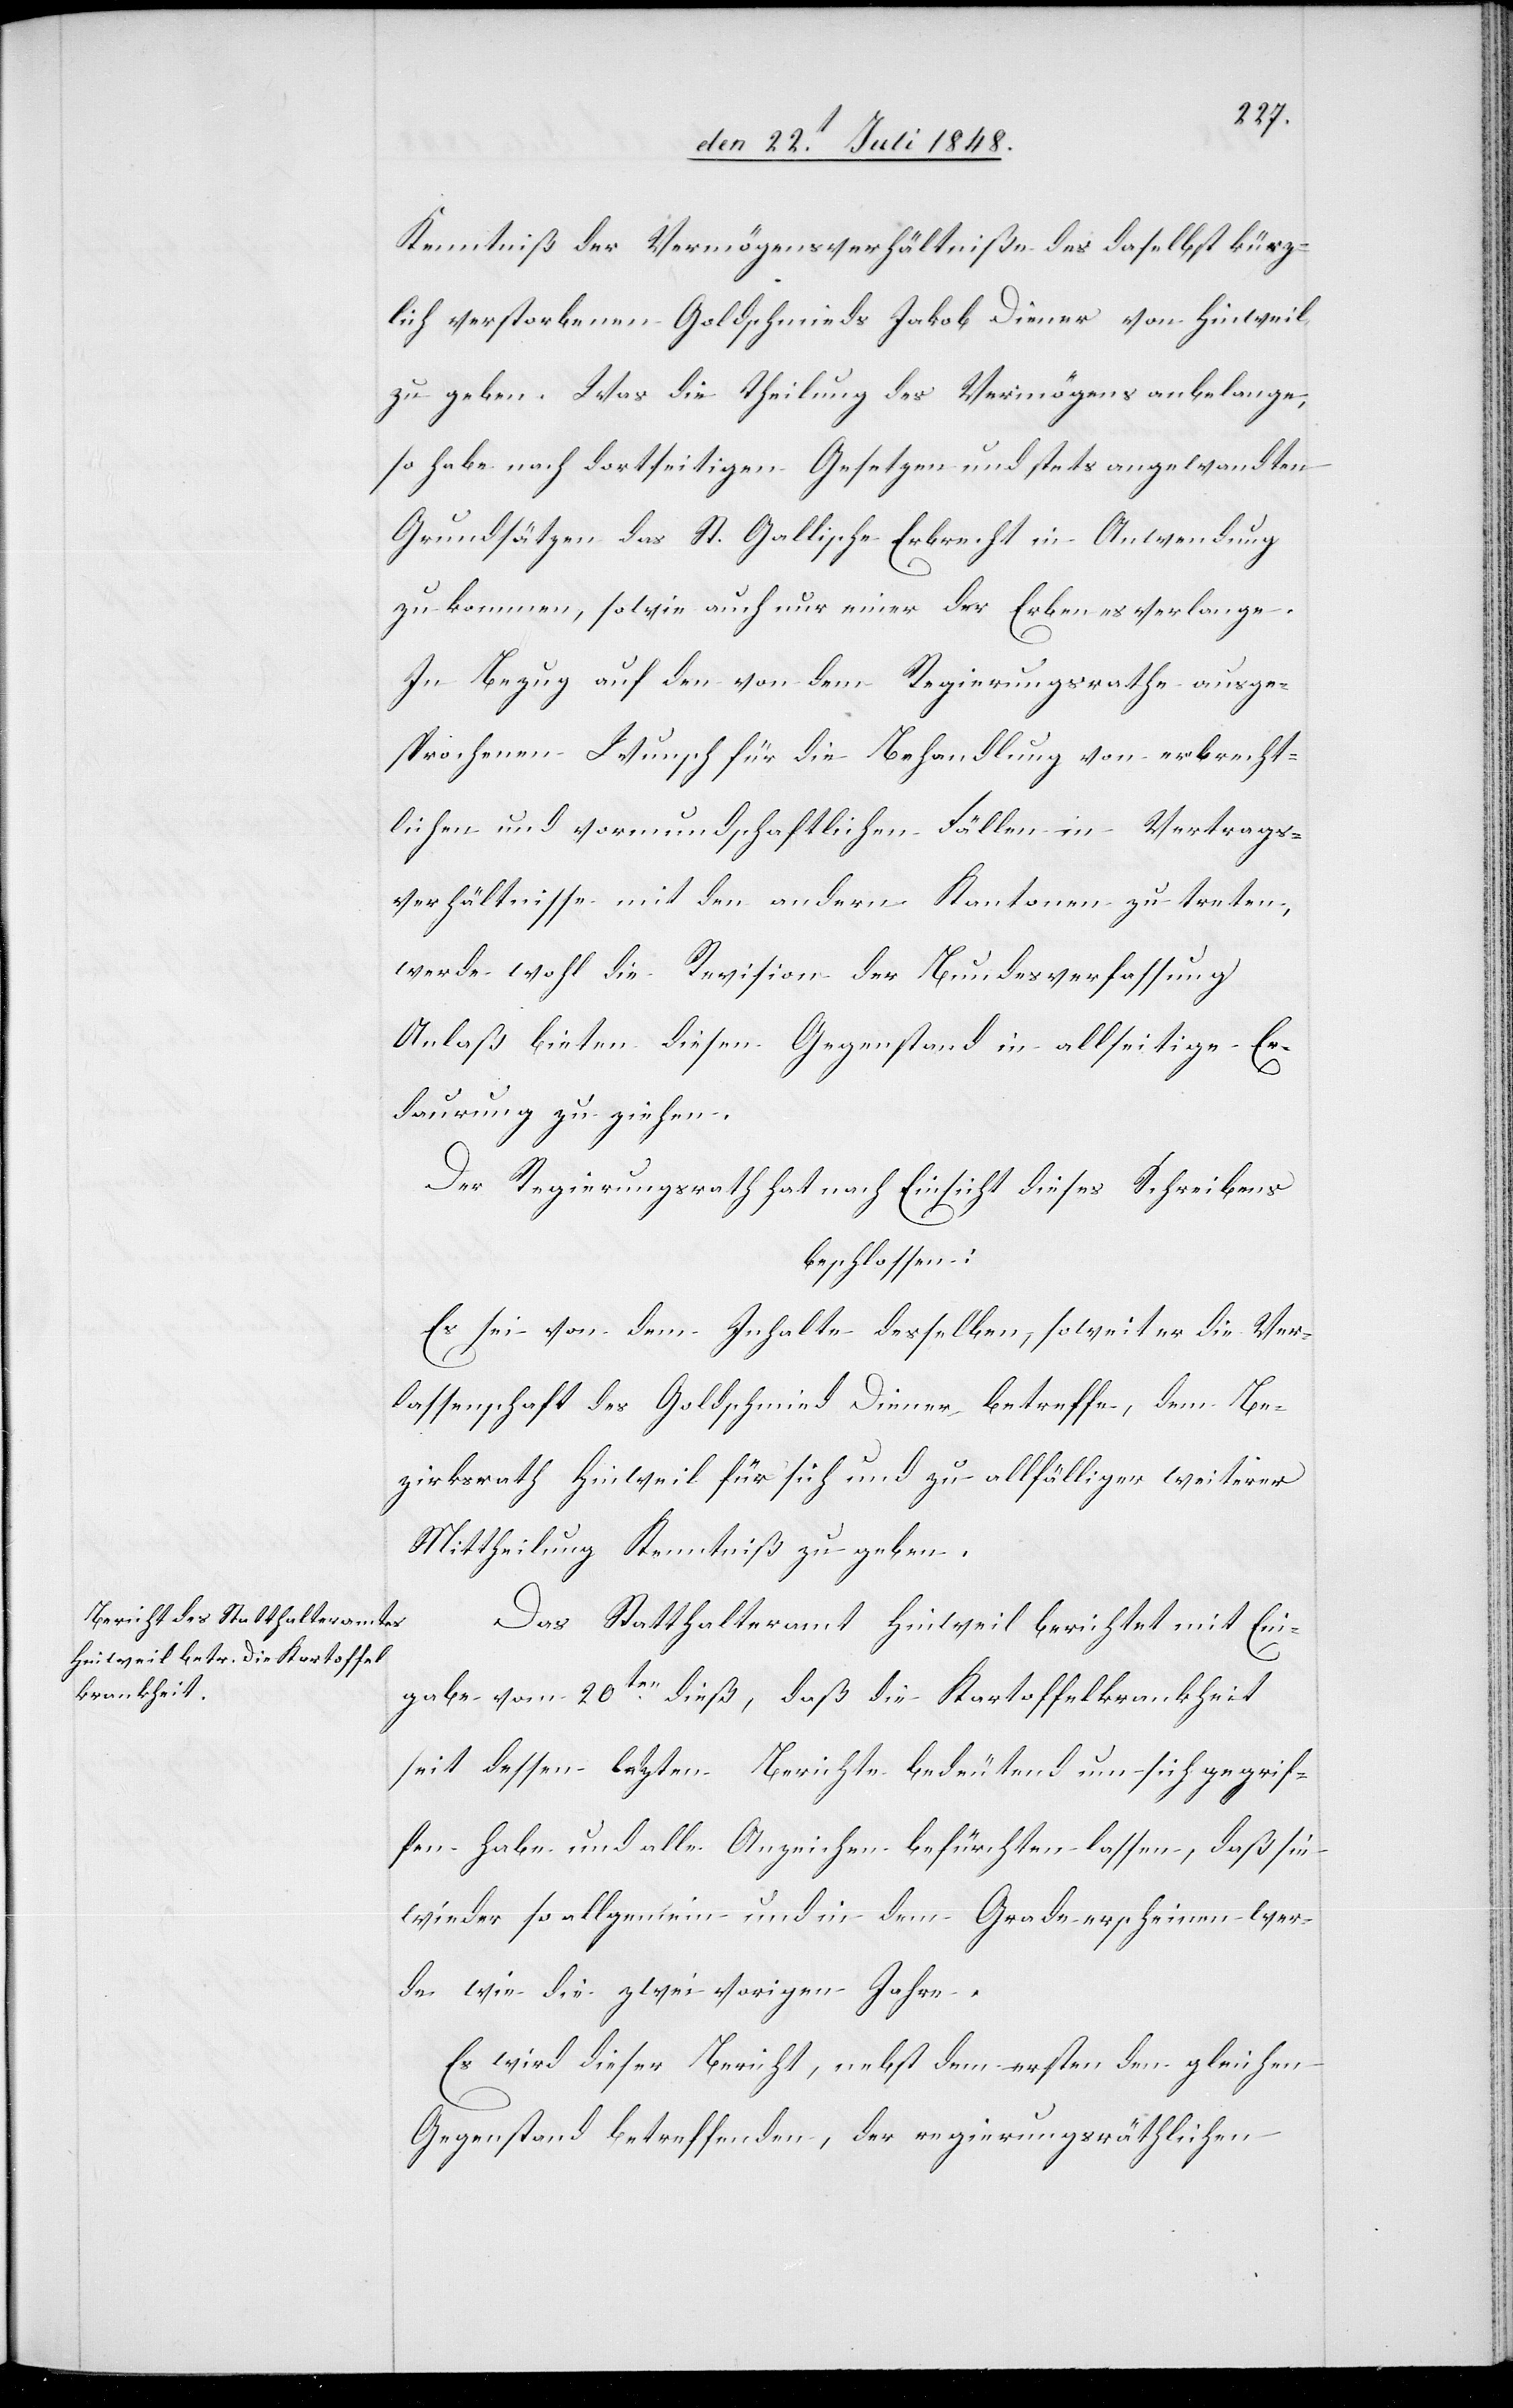
Kenntniß der Vermögensverhältniße des daselbst kürz¬
lich verstorbenen Goldschmieds Jakob Diener von Hinweil
zu geben. Was die Theilung des Vermögens anbelange,
so habe nach dortseitigen Gesetzen und stets angewandten
Grundsätzen das St. Gallische Erbrecht in Anwendung
zu kommen, sowie auch nur einer der Erben es verlange.
In Bezug auf den von dem Regierungsrathe ausge¬
sprochenen Wunsch für die Behandlung von erbrecht¬
lichen und vormundschaftlichen Fällen in Vertrags¬
verhältnisse mit den andern Kantonen zu treten,
werde wohl die Revision der Bundesverfassung
Anlaß bieten diesen Gegenstand in Allseitige Er¬
daurung zu ziehen.
Der Regierungsrath hat nach Einsicht dieses Schreibens
beschlossen:
Es sei von dem Inhalte desselben, soweit es die Ver¬
lassenschaft des Goldschmied Diener betreffe, dem Be¬
zirksrath Hinweil für sich und zu allfälliger weiterer
Mittheilung Kenntniß zu geben.
Das Statthalteramt Hinweil berichtete mit Ein¬
gabe vom 20ten dieß, daß die Kartoffelkrankheit
seit dessen letzten Berichte bedeutend um sich gegrif¬
fen habe und alle Anzeichen befürchten lassen, daß sie
wieder so allgemein und in dem Grade erscheinen wer¬
de wie die zwei vorigen Jahre.
Es wird dieser Bericht, nebst dem ersten den gleichen
Gegenstand betreffend, der regierungsräthlichen